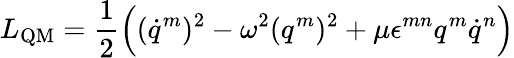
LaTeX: L_{\mathrm{QM}}=\frac 12\Bigl((\dot{q}^{m})^{2}-\omega^{2}(q^{m})^{2}+\mu\epsilon^{mn}q^{m}\dot{q}^{n}\Bigr)